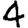
Digit: 4